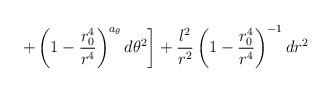
LaTeX: \begin{align*}\left. + \left(1-\frac{r_0^4}{r^4}\right)^{a_{\theta}} d \theta^2 \right]+ \frac{l^2}{r^2} \left(1-\frac{r_0^4}{r^4}\right)^{-1} dr^2 \end{align*}